Civil Veterinary Dept. Assam report 1927-50 - 1927-1950
Year: 1927
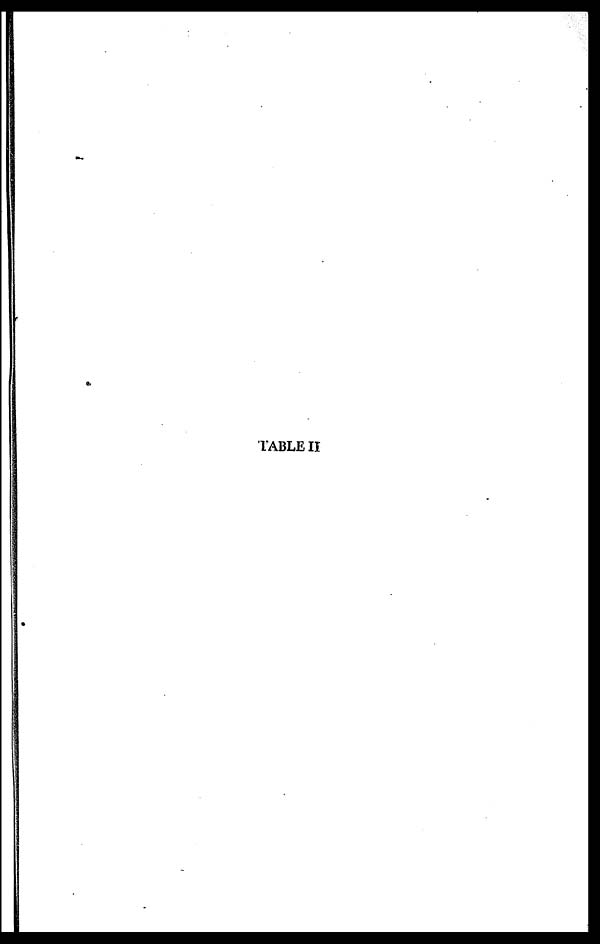
TABLE II